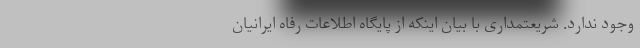
وجود ندارد. شریعتمداری با بیان اینکه از پایگاه اطلاعات رفاه ایرانیان